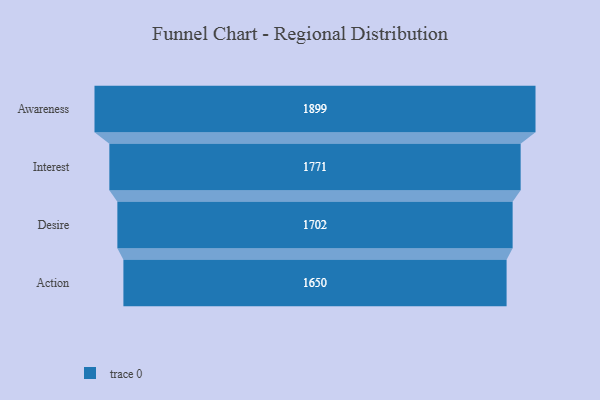
{"axis": {"x": "Stage", "y": "Value"}, "legend": [""], "data": [{"x": "Awareness", "y": 1899.0, "type": ""}, {"x": "Interest", "y": 1771.0, "type": ""}, {"x": "Desire", "y": 1702.0, "type": ""}, {"x": "Action", "y": 1650.0, "type": ""}]}